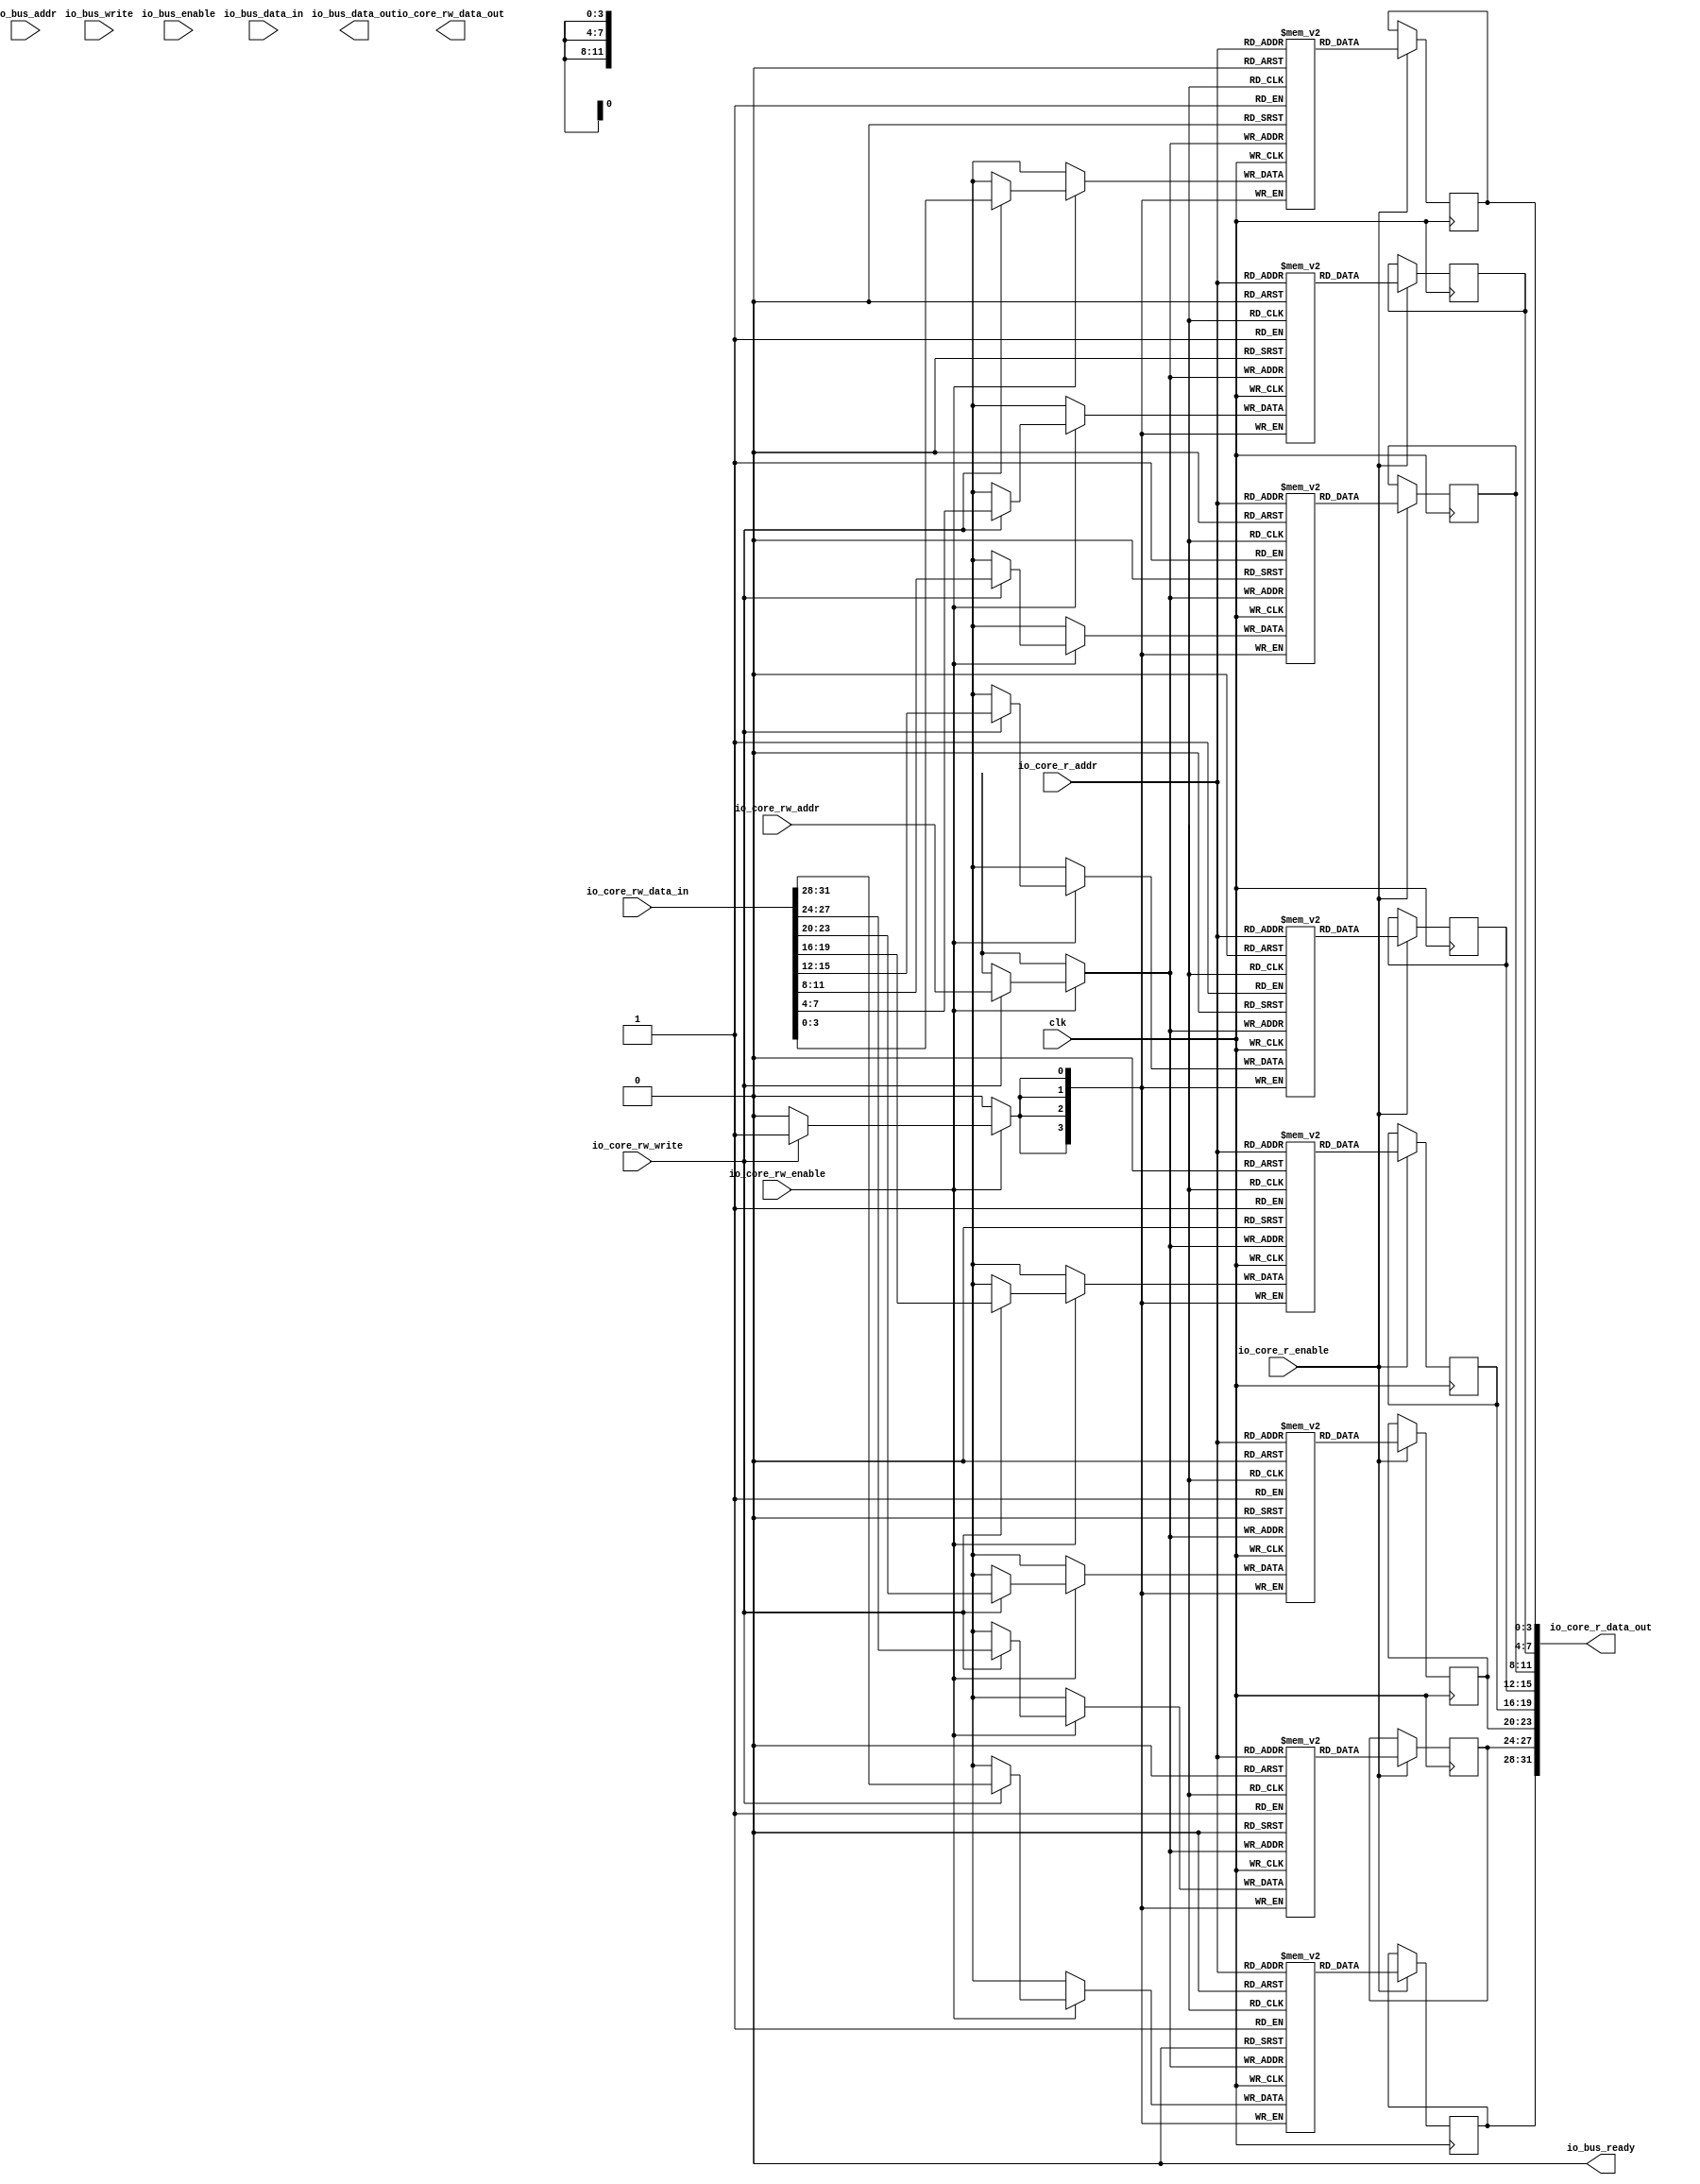
module ISpm(input clk,
    input [11:0] io_core_r_addr,
    input  io_core_r_enable,
    output[31:0] io_core_r_data_out,
    input [11:0] io_core_rw_addr,
    input  io_core_rw_enable,
    output[31:0] io_core_rw_data_out,
    input  io_core_rw_write,
    input [31:0] io_core_rw_data_in,
    input [11:0] io_bus_addr,
    input  io_bus_enable,
    output [31:0] io_bus_data_out,
    input  io_bus_write,
    input [31:0] io_bus_data_in,
    output io_bus_ready
);


genvar i;

generate
for(i = 0; i < 8; i = i+1)
begin: BRAMS

reg [3:0] ispm [4095:0];
reg [3:0] r_data_out, rw_data_out;

always @(posedge clk) begin
    if(io_core_r_enable) begin
	    r_data_out <= ispm[io_core_r_addr];
    end
end
assign io_core_r_data_out[4*i+3:4*i] = r_data_out;

always @(posedge clk) begin
    if(io_core_rw_enable) begin
        if(io_core_rw_write) begin
  	        ispm[io_core_rw_addr] <= io_core_rw_data_in[4*i+3:4*i];
        end
        rw_data_out <= ispm[io_core_rw_addr];
    end 
end
//assign io_core_rw_data_out[4*i+3:4*i] = rw_data_out;

end
endgenerate

//assign io_core_rw_data_out = 32'b0;
assign io_bus_ready = 1'b0;
//assign io_bus_data_out = 32'b0;

endmodule